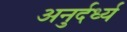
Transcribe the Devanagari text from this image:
अनुर्दर्ध्य